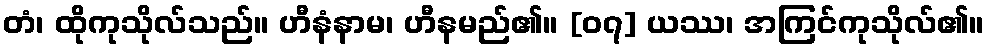
တံ၊ ထိုကုသိုလ်သည်။ ဟီနံနာမ၊ ဟီနမည်၏။ [၀၇] ယဿ၊ အကြင်ကုသိုလ်၏။